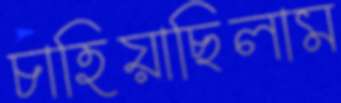
চাহিয়াছিলাম